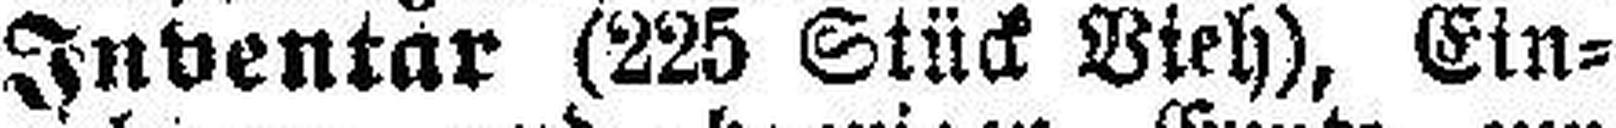
Inventar (225 Stück Vieh), Ein¬